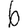
Digit: 6